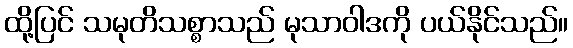
ထို့ပြင် သမုတိသစ္စာသည် မုသာဝါဒကို ပယ်နိုင်သည်။